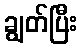
ချွတ်ပြီး